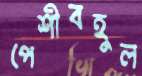
পেশীবহুল